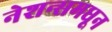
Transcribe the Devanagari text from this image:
नेशन्समधून